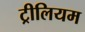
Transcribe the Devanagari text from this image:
ट्रीलियम